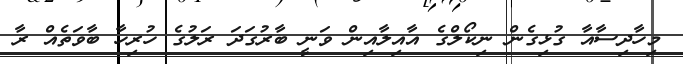
މިހާދިސާއާ ގުޅިގެން ނިކޯލްގެ އާއިލާއިން ވަނީ ބާރުގަދަ ރަލުގެ ހުރިހާ ބާވަތެއް ރާ